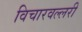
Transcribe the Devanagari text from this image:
विचारवल्लरी